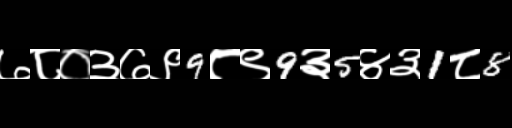
Text: ७८०३७९9८९9३5४३1८8